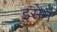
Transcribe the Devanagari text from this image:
इसेन